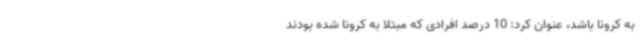
به کرونا باشد، عنوان کرد: 10 درصد افرادی که مبتلا به کرونا شده بودند